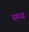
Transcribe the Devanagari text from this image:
ग्रहयज्ञ